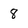
Character: 8